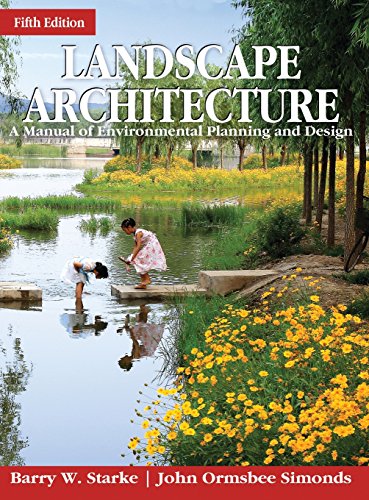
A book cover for Landscape Architecture, Fifth Edition: A Manual of Environmental Planning and Design; Barry Starke; Arts & Photography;